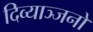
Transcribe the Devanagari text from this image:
दिव्याञ्जनों